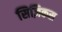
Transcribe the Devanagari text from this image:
सिज़िकस